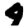
Digit: 4